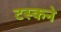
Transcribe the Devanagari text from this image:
टस्कने